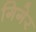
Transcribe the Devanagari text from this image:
गिगेर